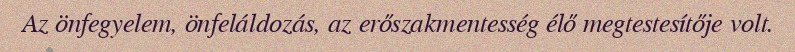
Az önfegyelem, önfeláldozás, az erőszakmentesség élő megtestesítője volt.